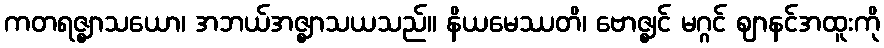
ကတရဇ္ဈာသယော၊ အဘယ်အဇ္ဈာသယသည်။ နိယမေဿတိ၊ ဗောဇ္ဈင် မဂ္ဂင် ဈာနင်အထူးကို